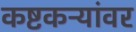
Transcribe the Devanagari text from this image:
कष्टकऱ्यांवर